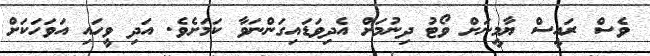
ވެސް ރައީސް ޔާމީނަށް ވޯޓު ދިނުމަށް އެދިވަޑައިގަންނަވާ ކަމަށެވެ. އަދި ވީހައި އަވަހަކަށް